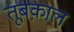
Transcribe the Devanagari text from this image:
तूबक़ाल